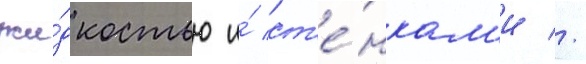
жи́дкостью и́ ст'е́нкам'и //